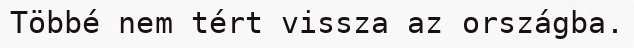
Többé nem tért vissza az országba.